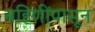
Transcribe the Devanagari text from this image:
बहिणींपासून